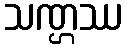
သဏ္ဌဿ